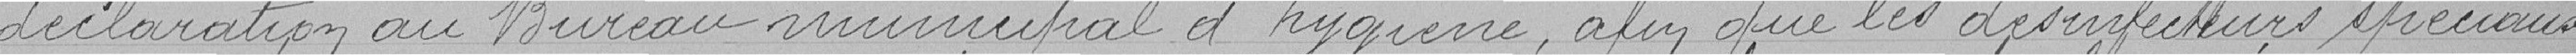
déclaration au Bureau municipal d’Hygiène, afin que les désinfecteurs spéciaux